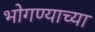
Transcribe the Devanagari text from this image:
भोगण्याच्या